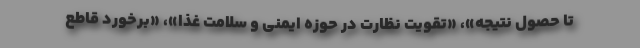
تا حصول نتیجه»، «تقویت نظارت در حوزه ایمنی و سلامت غذا»، «برخورد قاطع